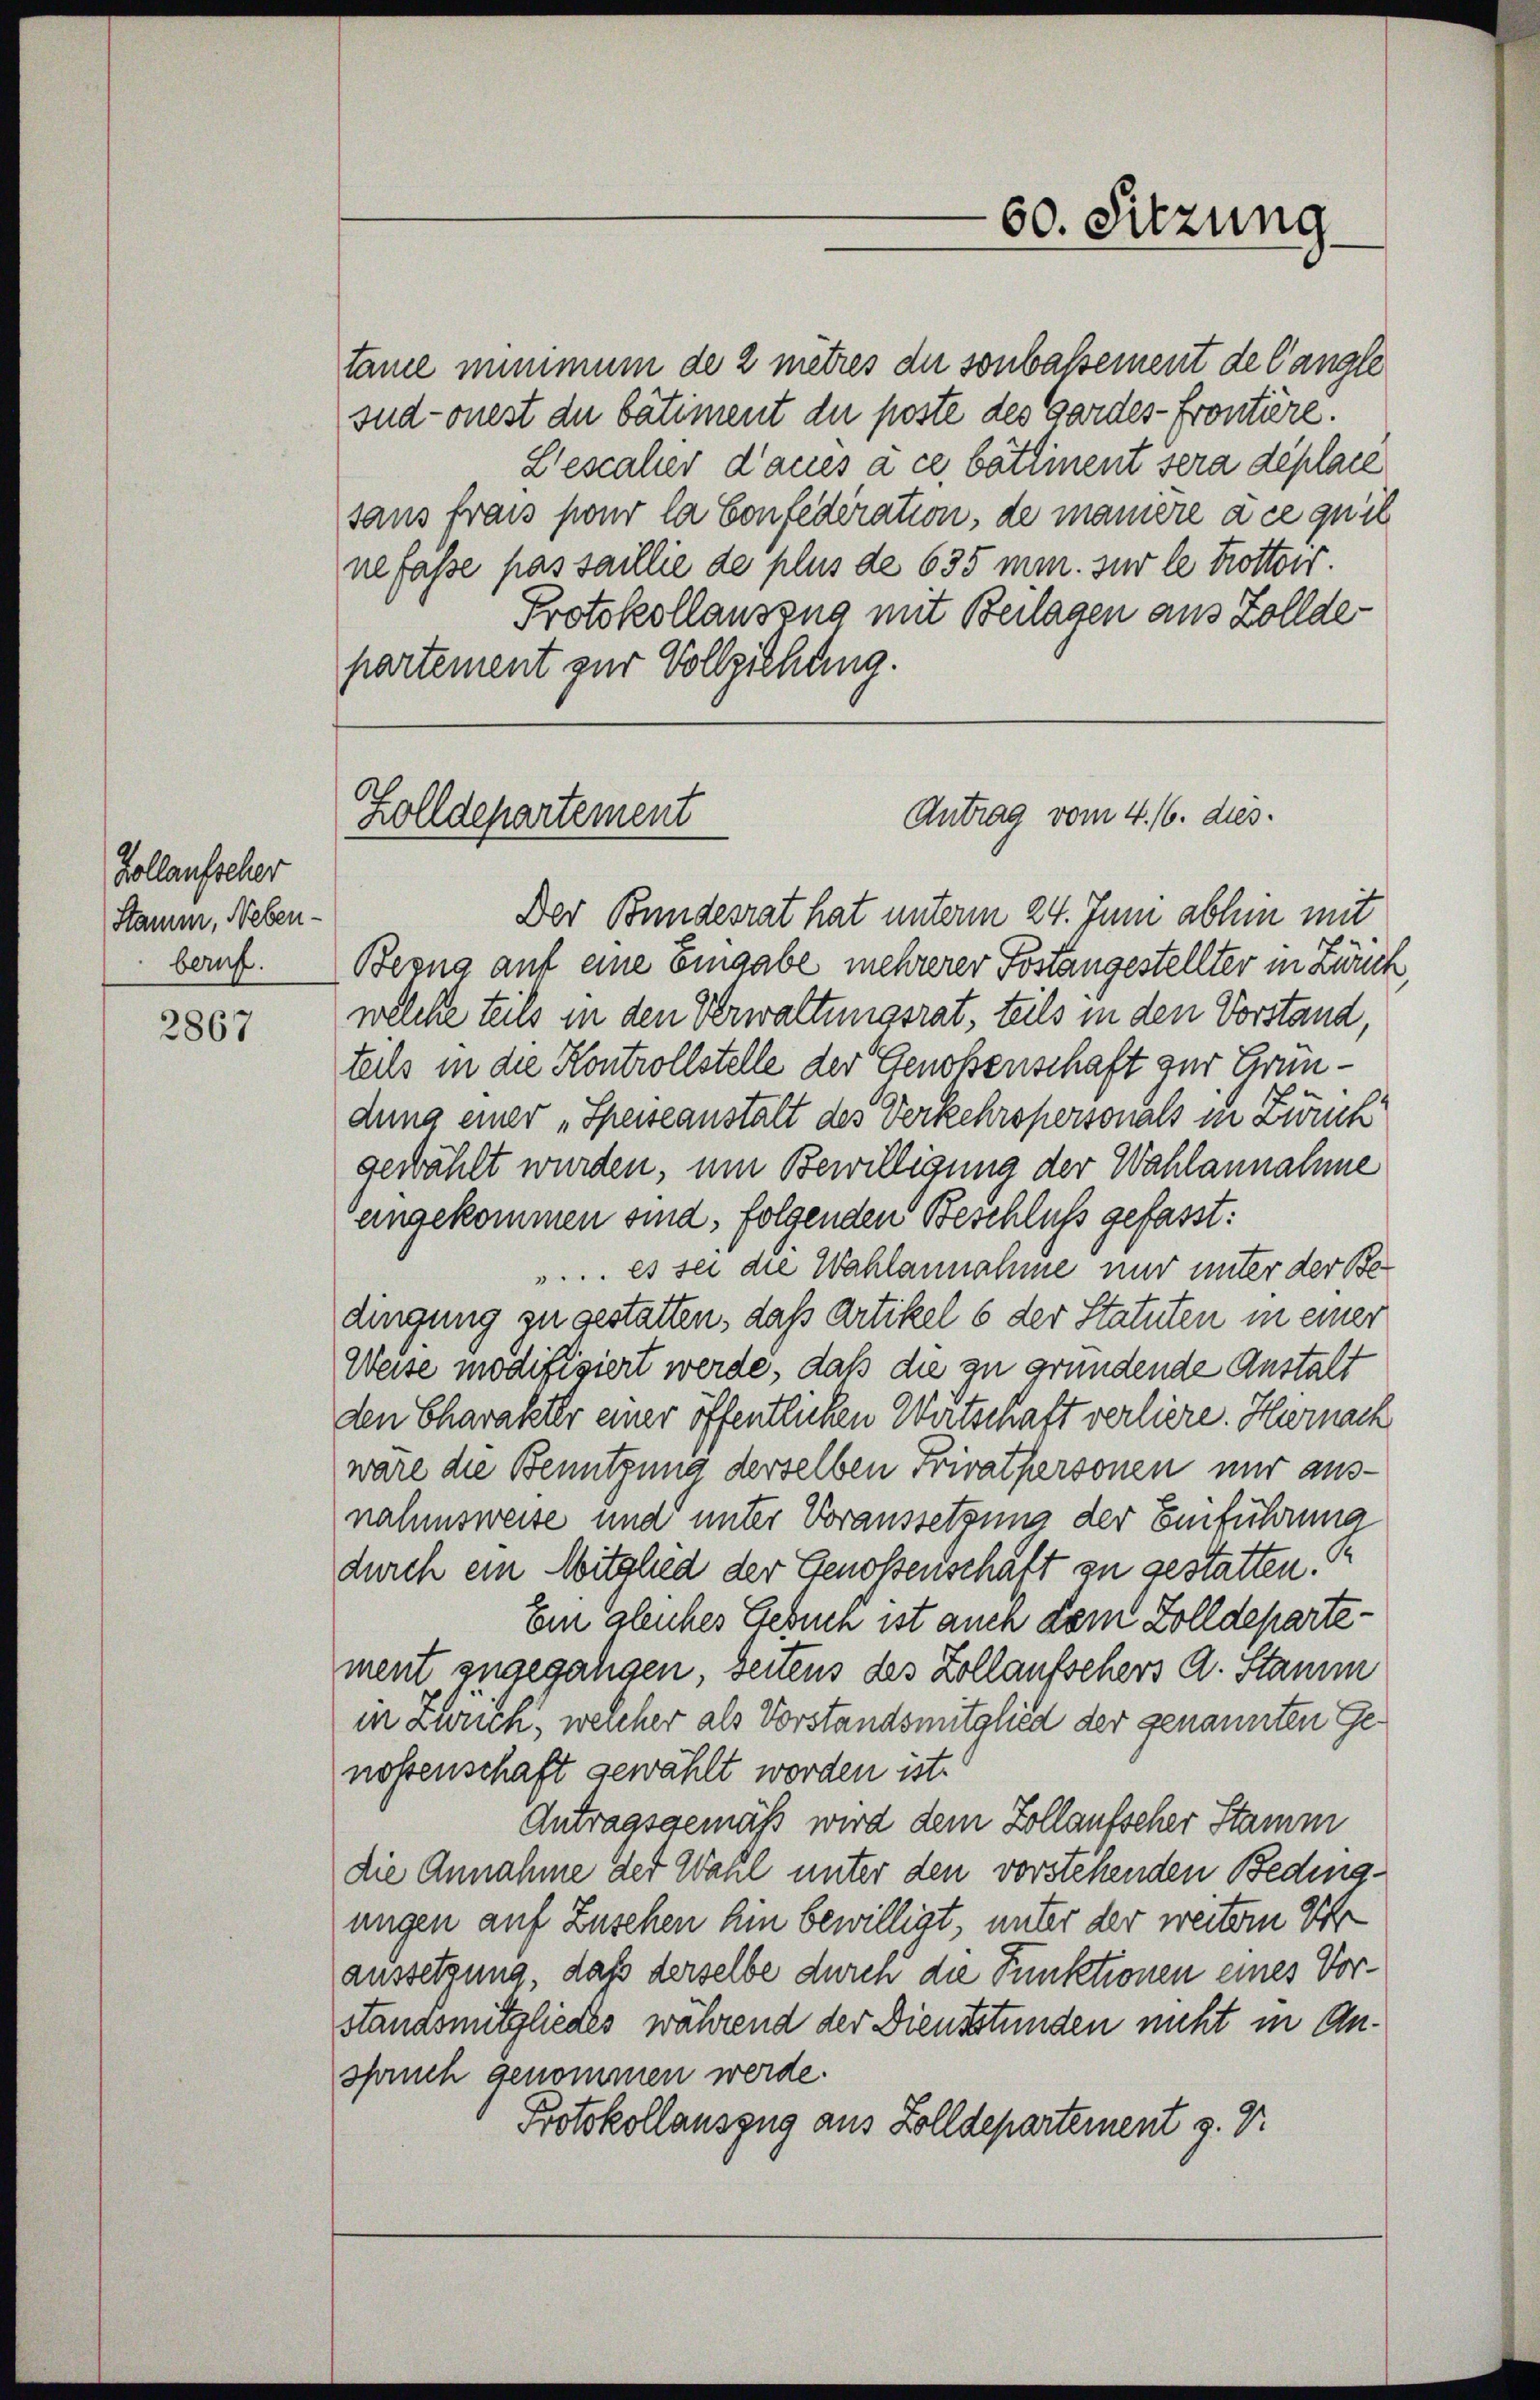
Zollaufscher
Stamm, Nebenberuf.

2867

partement zur Vollziehung.

Zolldepartement

tance minimum de 2 mitres die sonbassement de Cangle
sud-onest du bâtiment der poste des Gardes-frontière.
Lescaher d’acés à ce battinent sera déplare
sans frais pour la Confederation, de maniere a ce qu’il
nefasse pas saillie de plus de 635 mm. zur le trottoir.
Protokollauszug mit Beilagen aus Zollde-
Der Bundesrat hat unterm 24. Juni abhin mit
Bezug auf eine Eingabe mehrerer Postangestellter in Zürich
welche teils in den Verwaltungsrat, teils in den Vorstand,
teils in die Kontrollstelle der Genoßenschaft zur Gründung einer „Speiseanstalt des Verkehrspersonals in Zwick
gewählt wurden, um Bewilligung der Wahlannahme
angekommen sind, folgenden Beschluß gefasst:
... es sei die Wahlannahme nur unter der Be
dingung zu gestatten, daß Artikel 6 der Statuten in einer
Weise modifiziert werde, daß die zu gründende Anstalt
den Charakter einer öffentlichen Wirtschaft verliere. Hernach
wäre die Benutzung derselben Privatpersonen nur ausnahmsweise und unter Voraussetzung der Einführung
durch ein Mitglied der Genoßenschäft zu gestatten.
Ein gleiches Gebuch ist auch dem Zolldepartement zugegangen, Seitens des Zollaufsehers A. Stamm
in Zürich, welcher als Vorstandsmitglied der genannten Genossenschaft gewählt worden ist.
Antragsgemäß wird dem Zollaufscher Stamm
die Annahme der Wahl unter den vorstehenden Bedingungen auf Zuschen hin bewilligt, unter der weitern Veraussetzung, daß derselbe duren die Punktionen eines Vorstandsmitgliedes während der Dienstunden nicht in Anspruch genommen werde.
Protokollauszug aus Zolldepartement z. Dr

60. Sitzung

Antrag vom 4. 66. dies.